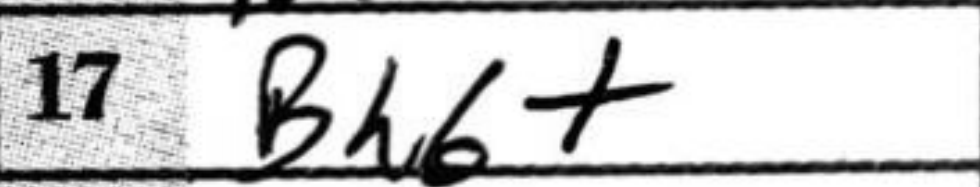
Transcription: Bh6+